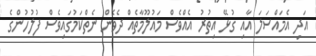
އަދި އެމައްސަލަ އާއި ގުޅޭ އިތުރު އެއްވެސް މައުލޫމާތެއް ދެވެން ނެތްކަމުގައިވެސް ފުލުހުންގެ